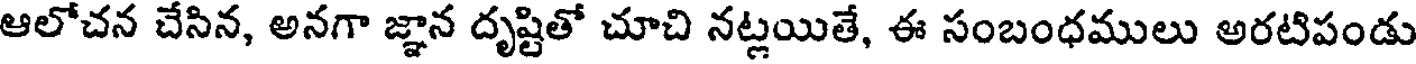
ఆలోచన చేసిన, అనగా జ్ఞాన దృష్టితో చూచి నట్లయితే, ఈ సంబంధములు అరటిపండు